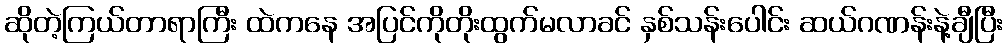
ဆိုတဲ့ကြယ်တာရာကြီး ထဲကနေ အပြင်ကိုတိုးထွက်မလာခင် နှစ်သန်းပေါင်း ဆယ်ဂဏန်းနဲ့ချီပြီး